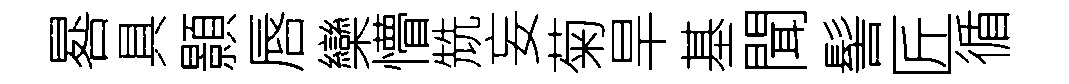
晷具顥唇欒懵兟妄菊旱基聞髻匠循